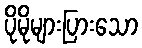
ပိုမိုများပြားသော